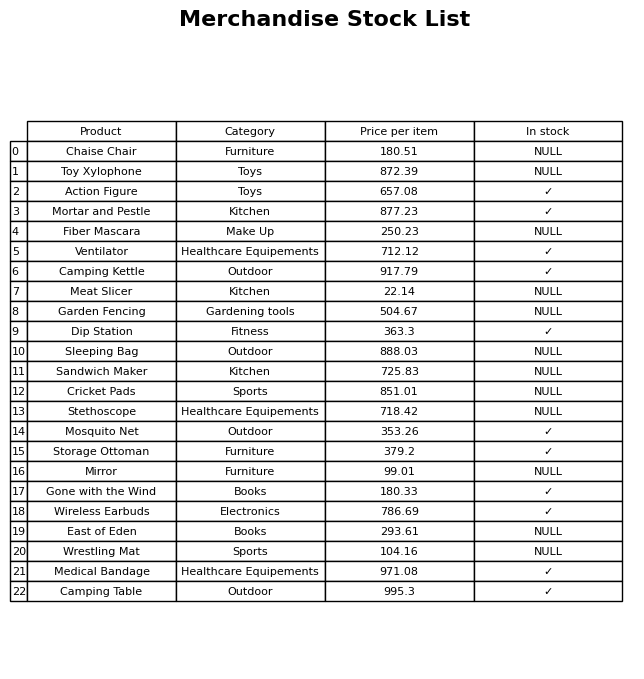
question: Which products are currently out of stock?
answer: Chaise Chair, Toy Xylophone, Fiber Mascara, Meat Slicer, Garden Fencing, Sleeping Bag, Sandwich Maker, Cricket Pads, Stethoscope, Mirror, East of Eden, Wrestling Mat